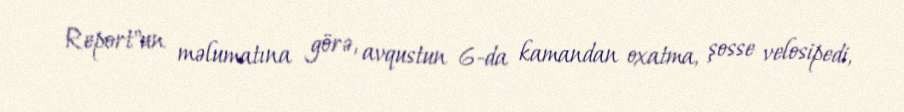
Report"un məlumatına görə, avqustun 6-da kamandan oxatma, şosse velosipedi,